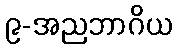
၉-အညဘာဂိယ